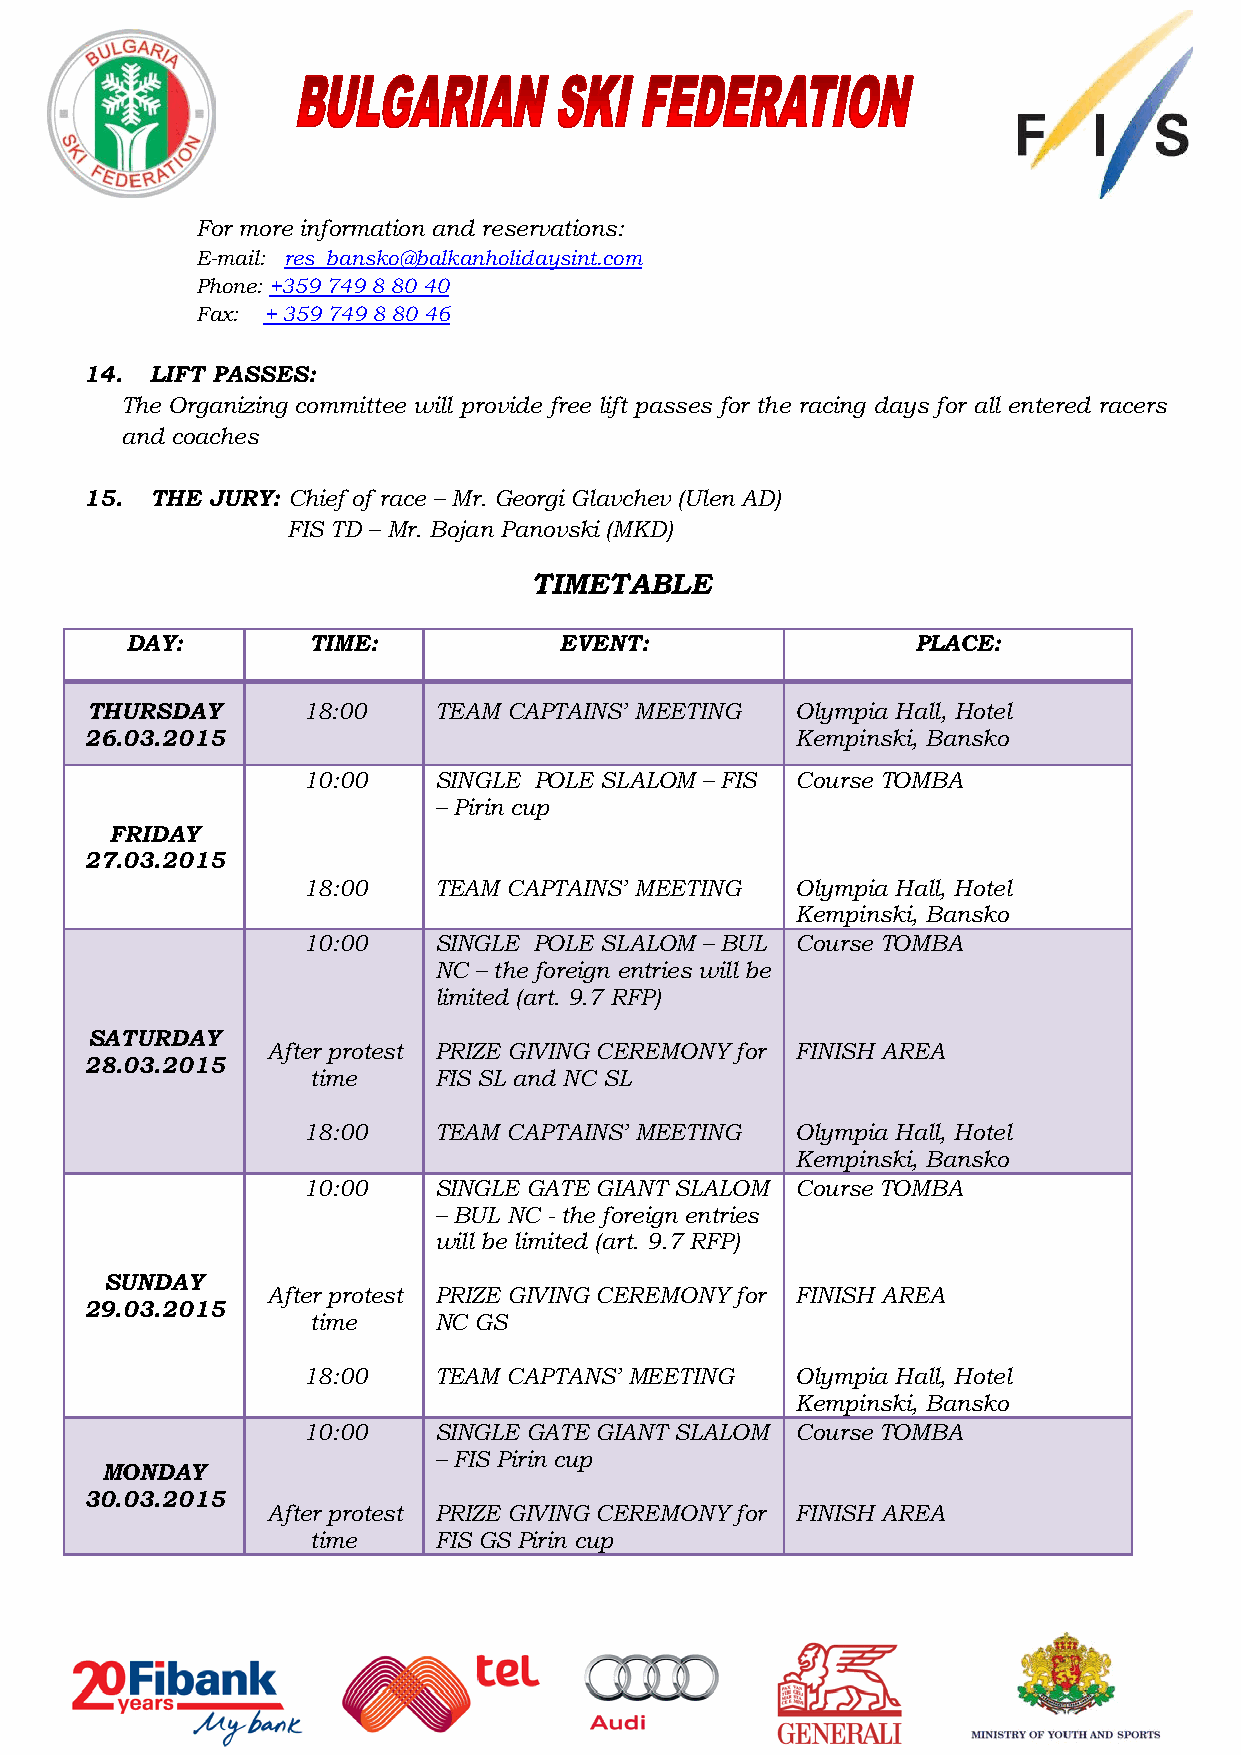
БЪЛГАРСКА   ФЕДЕРАЦИЯ   ПО  СКИ
 НАПРАВЛЕНИЕ  ОРГАНИЗАЦИЯ  НА СЪСТЕЗАНИЯ
 For more information and reservations:
 E-mail: res_bansko@balkanholidaysint.com
 Phone: +359 749 8 80 40
 Fax: + 359 749 8 80 46
 14.  LIFT PASSES:
 The Organizing committee will provide free lift passes for the racing days for all entered racers
 and coaches
 15.  THE JURY: Chief of race – Mr. Georgi Glavchev (Ulen AD)
 FIS TD – Mr. Bojan Panovski (MKD)
 TIMETABLE
 DAY:        TIME:            EVENT:                  PLACE:
 THURSDAY      18:00    TEAM CAPTAINS’ MEETING  Olympia Hall, Hotel
 26.03.2015                                     Kempinski, Bansko
 10:00    SINGLE POLE SLALOM – FIS Course TOMBA
 – Pirin cup
 FRIDAY
 27.03.2015
 18:00    TEAM CAPTAINS’ MEETING  Olympia Hall, Hotel
 Kempinski, Bansko
 10:00    SINGLE POLE SLALOM – BUL Course TOMBA
 NC – the foreign entries will be
 limited (art. 9.7 RFP)
 SATURDAY
 After protest PRIZE GIVING CEREMONY for FINISH AREA
 28.03.2015
 time    FIS SL and NC SL
 18:00    TEAM CAPTAINS’ MEETING  Olympia Hall, Hotel
 Kempinski, Bansko
 10:00    SINGLE GATE GIANT SLALOM Course TOMBA
 – BUL NC - the foreign entries
 will be limited (art. 9.7 RFP)
 SUNDAY
 After protest PRIZE GIVING CEREMONY for FINISH AREA
 29.03.2015
 time    NC GS
 18:00    TEAM CAPTANS’ MEETING   Olympia Hall, Hotel
 Kempinski, Bansko
 10:00    SINGLE GATE GIANT SLALOM Course TOMBA
 – FIS Pirin cup
 MONDAY
 30.03.2015
 After protest PRIZE GIVING CEREMONY for FINISH AREA
 time    FIS GS Pirin cup